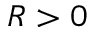
R > 0